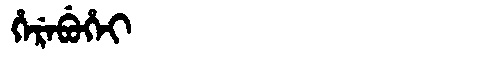
Manchu: ᡥᡝᡵᡝᠪᡠᡥᡝᡳ
Romanization: HEREBUHEI